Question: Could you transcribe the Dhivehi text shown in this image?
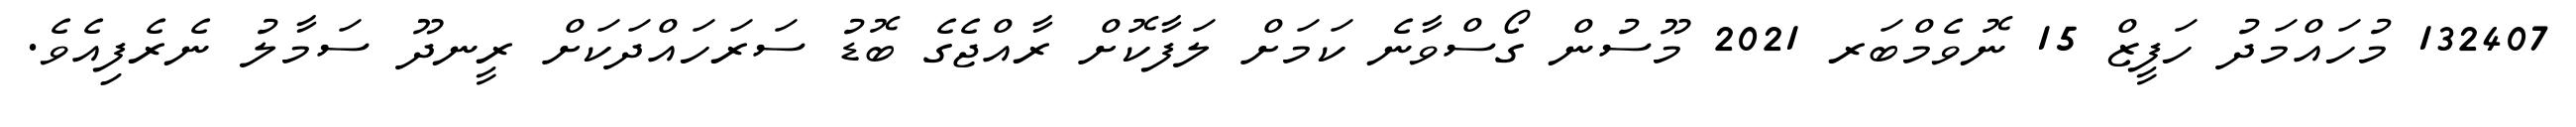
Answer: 132407 މުހައްމަދު ހަފީޒް 15 ނޮވެމްބަރ 2021 މޫސުން ގޯސްވާނެ ކަމަށް ލަފާކޮށް ރާއްޖެގެ ބޮޑު ސަރަހައްދަކަށް ރީނދޫ ސަމާލު ނެރެފިއެވެ.